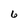
Character: 6